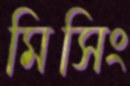
মিসিং